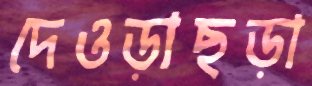
দেওড়াছড়া